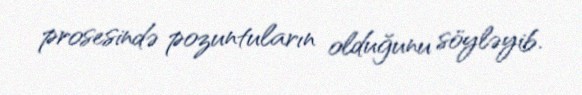
prosesində pozuntuların olduğunu söyləyib.